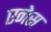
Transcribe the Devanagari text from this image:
एनेस